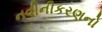
નવીનીકરણનો